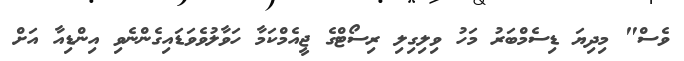
ވެސް" މިދިޔަ ޑިސެމްބަރު މަހު ވިލިގިލި ރިސޯޓްގެ ޖީއެމްކަމާ ހަވާލުވެވަޑައިގެންނެވި އިންޑިއާ އަށް